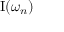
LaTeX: \operatorname { I } ( \omega _ { n } )